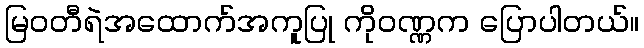
မြဝတီရဲအထောက်အကူပြု ကိုဝဏ္ဏက ပြောပါတယ်။